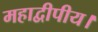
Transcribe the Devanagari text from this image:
महाद्वीपीय।